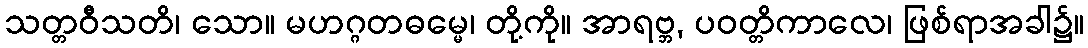
သတ္တဝီသတိ၊ သော။ မဟဂ္ဂတဓမ္မေ၊ တို့ကို။ အာရဗ္ဘ, ပဝတ္တိကာလေ၊ ဖြစ်ရာအခါ၌။